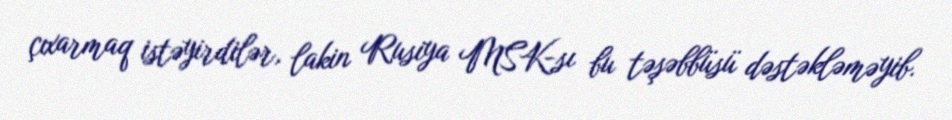
çıxarmaq istəyirdilər, lakin Rusiya MSK-sı bu təşəbbüsü dəstəkləməyib.